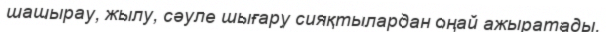
шашырау, жылу, сәуле шығару сияқтылардан оңай ажыратады.